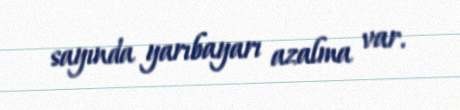
sayında yarıbayarı azalma var.